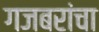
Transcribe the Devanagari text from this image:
गजबरांचा